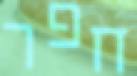
חפר